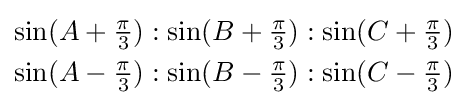
{\begin{aligned}\sin(A+{\tfrac {\pi }{3}}):\sin(B+{\tfrac {\pi }{3}}):\sin(C+{\tfrac {\pi }{3}})\\\sin(A-{\tfrac {\pi }{3}}):\sin(B-{\tfrac {\pi }{3}}):\sin(C-{\tfrac {\pi }{3}})\end{aligned}}